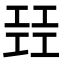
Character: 㠭